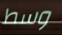
وسط